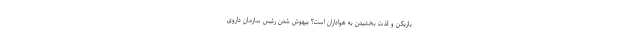
بازیکن و لذت بخشیدن به هواداران است؟ بیهوش شدن رئیس سازمان داروی